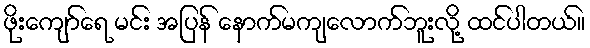
ဖိုးကျော်ရေ မင်း အပြန် နောက်မကျလောက်ဘူးလို့ ထင်ပါတယ်။